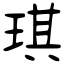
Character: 琪